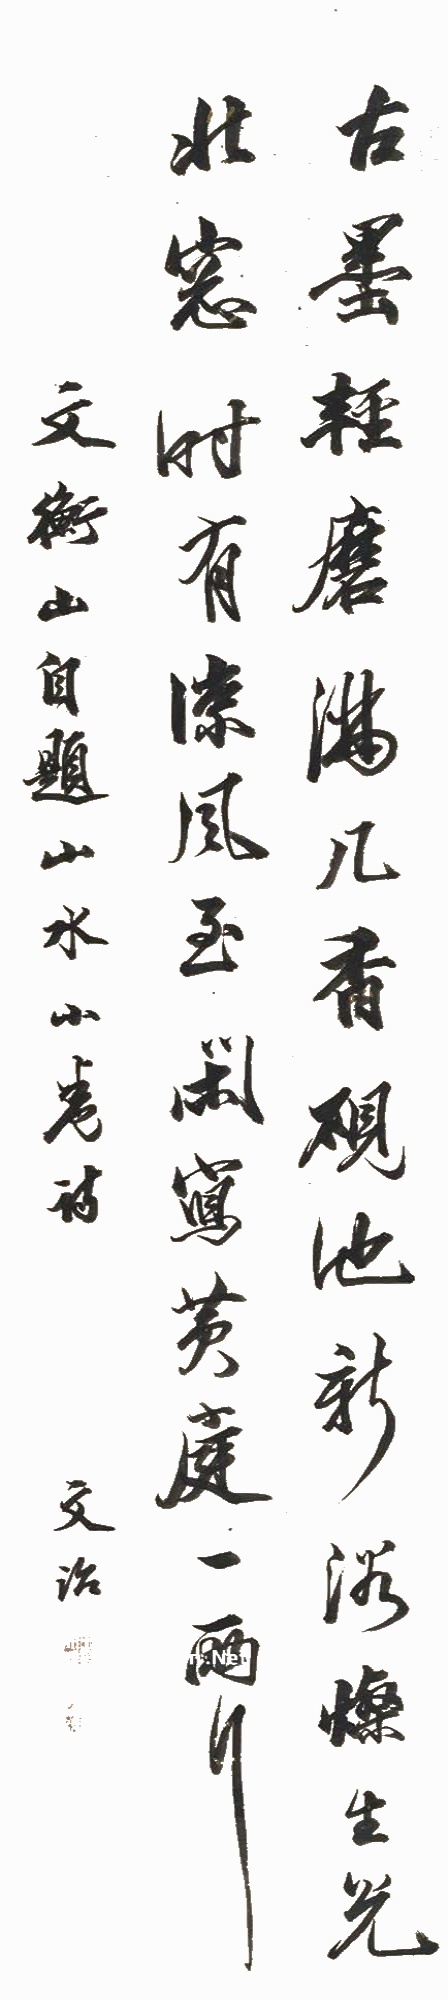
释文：古墨轻磨满几香，砚池新浴灿生光。北窗时有凉风至，闲写黄庭一两章。文衡山自题山水小卷诗，文治。